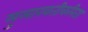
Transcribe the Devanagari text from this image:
मुलाखतीकरिता